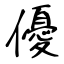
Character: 優